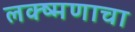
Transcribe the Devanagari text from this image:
लक्ष्मणाचा